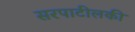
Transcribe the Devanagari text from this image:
सरपाटीलकी